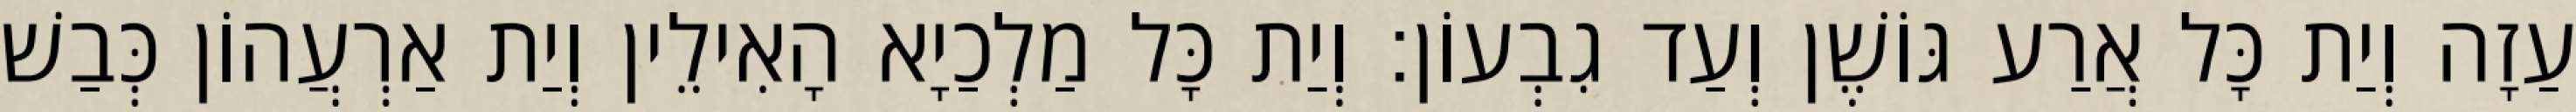
עַזָה וְיַת כָּל אֲרַע גּוֹשֶׁן וְעַד גִבְעוֹן׃ וְיַת כָּל מַלְכַיָא הָאִילֵין וְיַת אַרְעֲהוֹן כְּבַשׁ